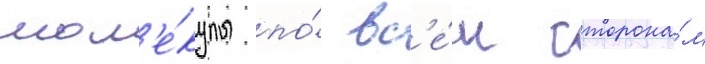
мол'е́кулы по́ вс'е́м сторона́м